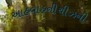
આહવાહનીચીઝની